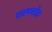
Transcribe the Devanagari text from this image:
एस्परटेट